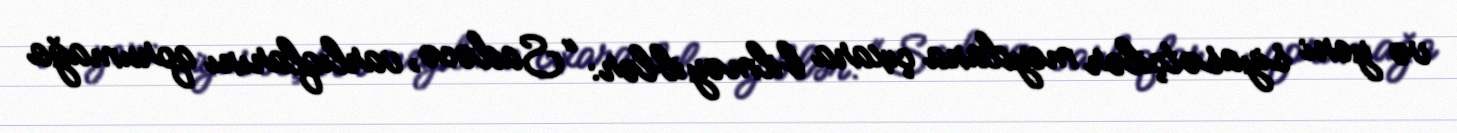
və yeni siyasətçilər meydana çıxara bilməyiblər: “Sadəcə, varlıqlarını qorumağa